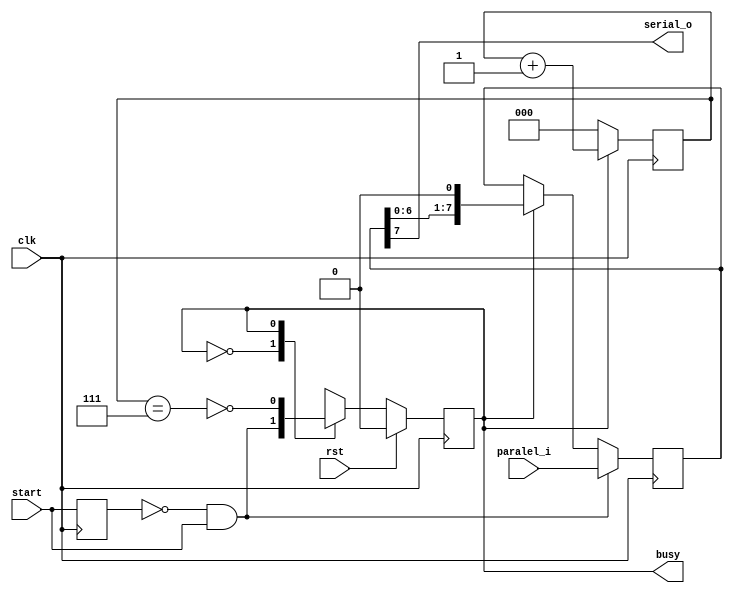
/* ----------------------------------------------- *
 * Title       : Parallel to Serial Converter      *
 * Project     : Verilog Utility Modules           *
 * ----------------------------------------------- *
 * Last Edit   : 16/05/2021                        *
 * Licence     : CERN-OHL-W                        *
 * ----------------------------------------------- *
 * Description : Simple converter to convert       *
 *               paralel data to a serial stream   *
 * ----------------------------------------------- */

module parallel_to_serial#(
  parameter DATA_SIZE = 8,
  parameter MSB_FIRST = 1 //1 for MSB first, 0 for LSB first
)(
  input clk,
  input rst,
  input start,
  input [DATA_SIZE-1:0] paralel_i,
  output serial_o,
  output busy //on going conversion
);
  localparam COUNTER_SIZE = $clog2(DATA_SIZE-1);
  reg [COUNTER_SIZE-1:0] counter;
  wire counter_done;
  reg [DATA_SIZE-1:0] data_buffer;
  reg working;

  reg start_d;
  wire start_posedge;

  assign busy = working;


  //State
  always@(posedge clk) begin
    if(rst) begin
      working <= 1'b0;
    end else begin
      case(working)
        1'b0: working <= start_posedge;
        1'b1: working <= ~counter_done;
      endcase
    end
  end

  //Determine output
  assign serial_o = data_buffer[(DATA_SIZE-1)*MSB_FIRST];
  always@(posedge clk) begin
    if(start_posedge) begin
      data_buffer <= paralel_i;
    end else begin
      data_buffer <= (working) ? ((MSB_FIRST) ? (data_buffer << 1) : (data_buffer >> 1)) : data_buffer;
    end
  end


  //Counters
  assign counter_done = (counter == (DATA_SIZE-1));
  always@(posedge clk) begin
    if(~working) begin
      counter <= 0;
    end else begin
      counter <= counter + 1;
    end
  end


  //Sensitive to posedge
  assign start_posedge = ~start_d & start;
  always@(posedge clk) begin
    start_d <= start;
  end
endmodule